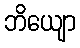
ဘိယျော